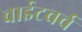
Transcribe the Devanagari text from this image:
वाईटचर्च